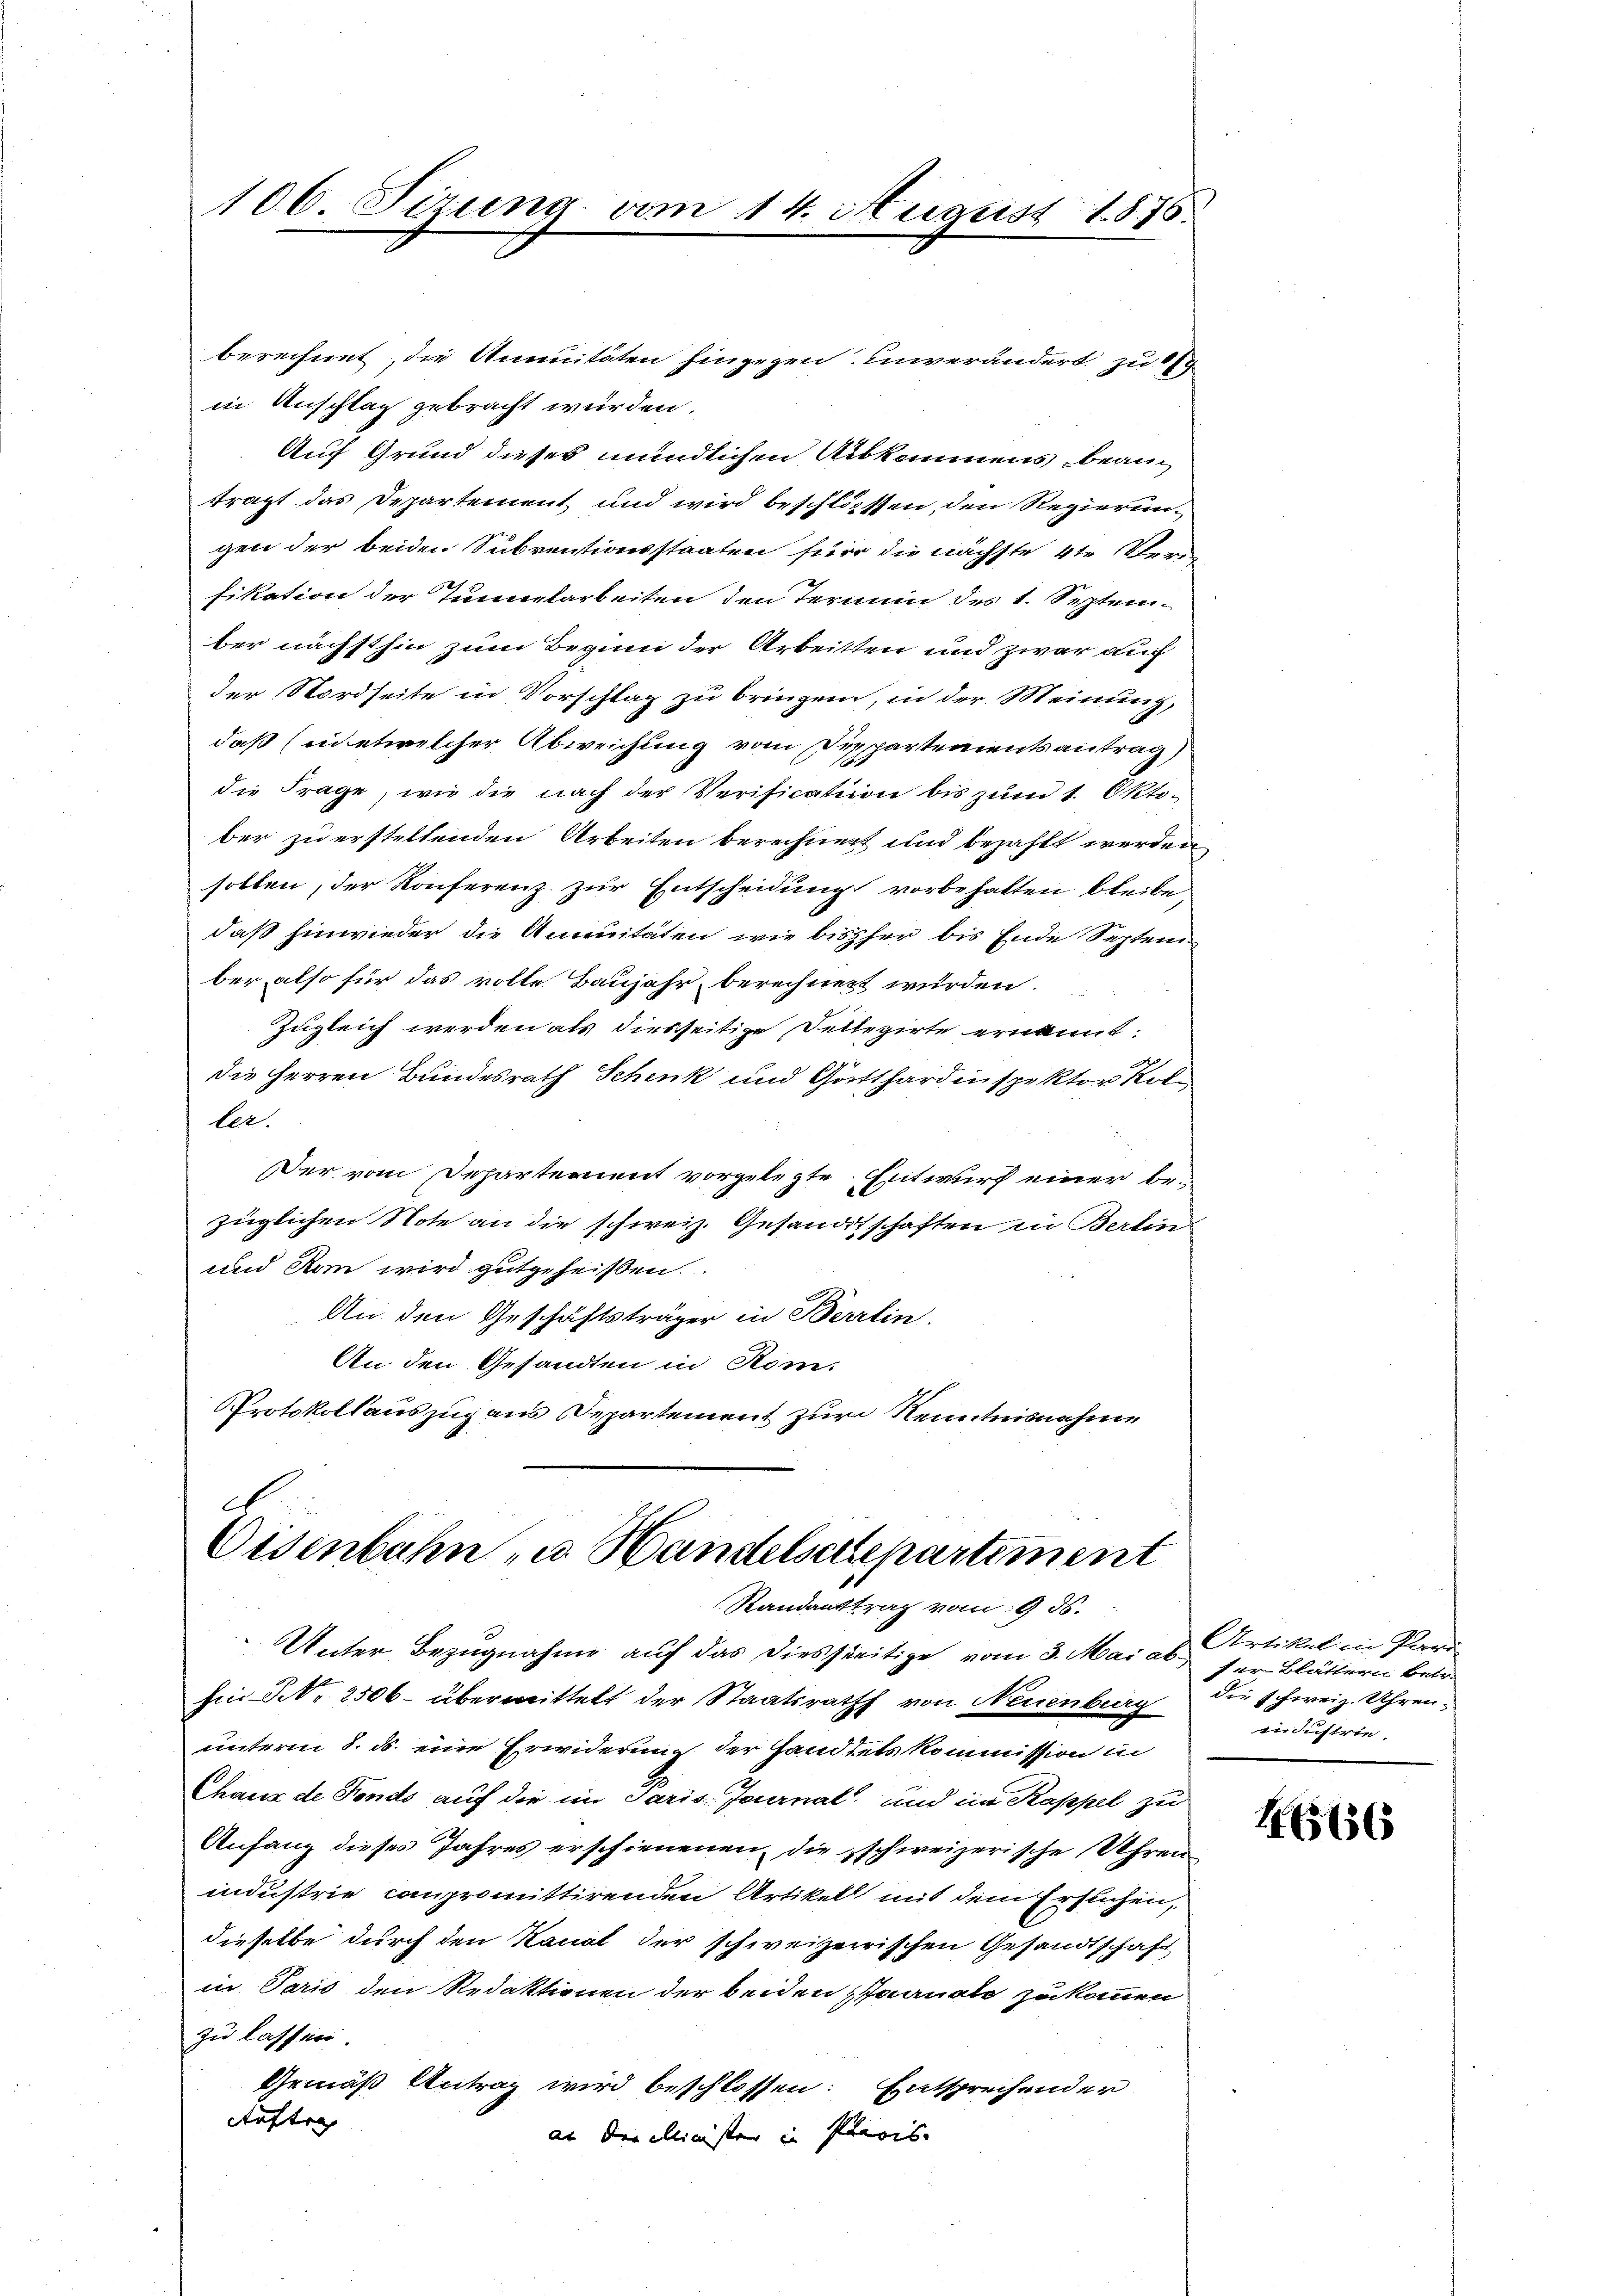
106. Sizung vom 14. August 1875.

Cisenbahn- u. Handelschepartement
Standanttrag vom 9. ds.

berechnet, die Annuitäten hingegen unverändert zu 15
in Anschlag gebracht würden.
Auf Grund dieses mündlichen Auskommens bean
trägt das Departement und wird beschliessen, den Regierungen der beiden Subventionsstaaten für die nächste 4te Verfikation der Tunnelarbeiten den Termin des 1. Septem-
ber nächsthin zum Beginn der Arbeitten und zwar auch
der Nordseite in Vorschlag zu bringen, in der Meinung,
daß (in etwelcher Abweichung vom Departementsantrag)
die Frage, wie die nach der Verification bis zum 1. Oktober zu erstellenden Arbeiten berechnert und bezahlt werden,
sollen, der Konferenz zur Entscheidung vorbehalten bleibe
daß hinwieder die Annuitäten, wie bisher bis Ende Septem
ber also für das volle Baujahr berechnert wurden.
Zugleich werden als diesseitige Kellegirte ernannt.
die Herren Bundesrath Schenk und Gotthard inspektor Koller.
Der vom Departement vorgelegte Entwurf einer bezüglichen Note an die schweiz. Gesandtschaften in Berlin-
und Rom wird gutgeheißen
An den Geschäftsträger in Berrlin
An den Gesandten in Rom.
Protokollauszug aus Departement zur Kenntnisnahme
E

Unter Bezugnahme auf das diesseitige vom 3. Mai ab.
Ein Nr. 2506. übermittelt der Staatsrath von Neuenburg
unterm 8. ds. eine Erwiderung der Handtets kommission in
Chaux de Fonds auf die im Paris. Journal und im Kappel zu
Anfang dieses Jahres erschienenen, die schweizerische Uhren
industrie compromittirenden Artikel mit dem Ersuchen,
dieselbe durch den Kanal der schweizerrischen Gesandtschaft
in Paris den Redaktionen der beiden Paanate zu kommen
zu lassen.
Gemäß Antrag wird beschlossen: Entsprechender
Auftra
al der Klinister in Paris. |

Artikel in Pfarr
der Blättern betr.
die schweiz. Uhren,
industrie.

165156